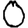
Digit: 0